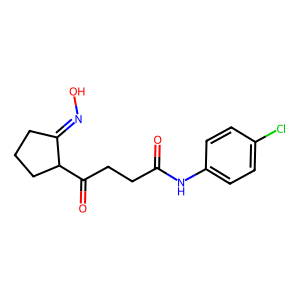
SMILES: O=C(CCC(=O)C1CCCC1=NO)Nc1ccc(Cl)cc1
Inhibits HIV replication: No